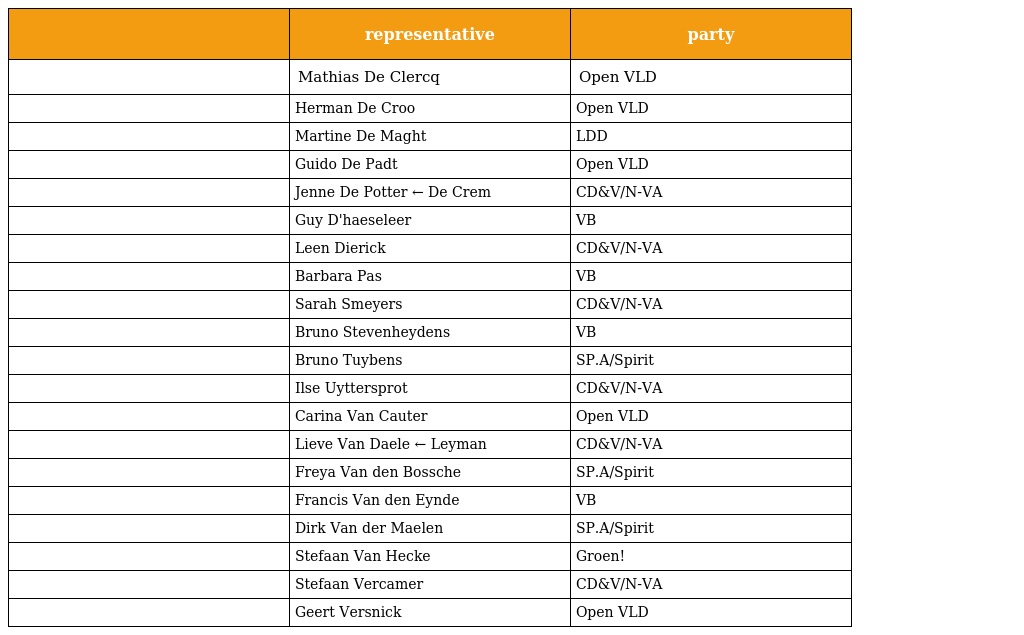
|  | representative | party |
 | --- | --- | --- |
 |  | Mathias De Clercq | Open VLD |
 |  | Herman De Croo | Open VLD |
 |  | Martine De Maght | LDD |
 |  | Guido De Padt | Open VLD |
 |  | Jenne De Potter ← De Crem | CD&V/N-VA |
 |  | Guy D'haeseleer | VB |
 |  | Leen Dierick | CD&V/N-VA |
 |  | Barbara Pas | VB |
 |  | Sarah Smeyers | CD&V/N-VA |
 |  | Bruno Stevenheydens | VB |
 |  | Bruno Tuybens | SP.A/Spirit |
 |  | Ilse Uyttersprot | CD&V/N-VA |
 |  | Carina Van Cauter | Open VLD |
 |  | Lieve Van Daele ← Leyman | CD&V/N-VA |
 |  | Freya Van den Bossche | SP.A/Spirit |
 |  | Francis Van den Eynde | VB |
 |  | Dirk Van der Maelen | SP.A/Spirit |
 |  | Stefaan Van Hecke | Groen! |
 |  | Stefaan Vercamer | CD&V/N-VA |
 |  | Geert Versnick | Open VLD |